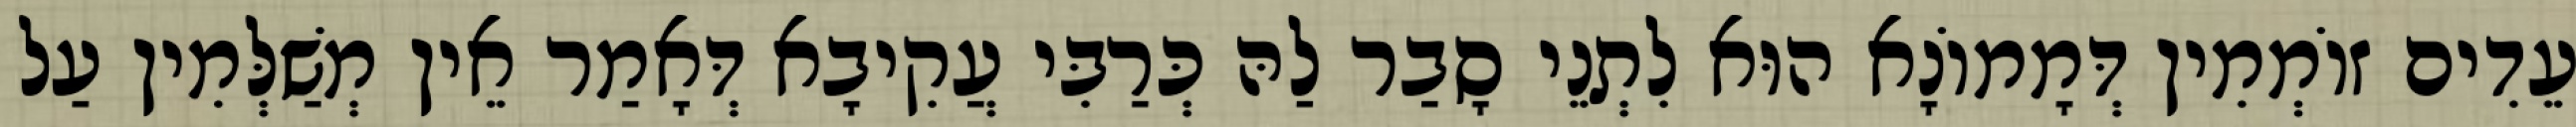
עֵדִים זוֹמְמִין דְּמָמוֹנָא הוּא לִתְנֵי סָבַר לַהּ כְּרַבִּי עֲקִיבָא דְּאָמַר אֵין מְשַׁלְּמִין עַל